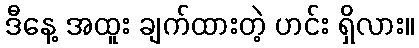
ဒီနေ့ အထူး ချက်ထားတဲ့ ဟင်း ရှိလား။